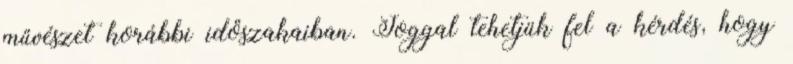
művészet korábbi időszakaiban. Joggal tehetjük fel a kérdés, hogy